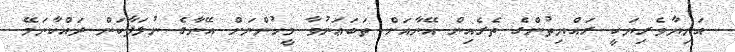
އަނިޔާވެރިޔަކީ ރައްޔިތުންގެ ތެރެއިން އޭނާއަށް ތަބަޢަނުވާ މީހުންނަށް އޭނާގެ ނުލަފާކަން ދައްކާނަމޭ